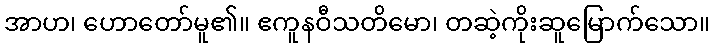
အာဟ၊ ဟောတော်မူ၏။ ဧကူနဝီသတိမော၊ တဆဲ့ကိုးဆူမြောက်သော။